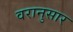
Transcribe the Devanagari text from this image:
वरानुसार